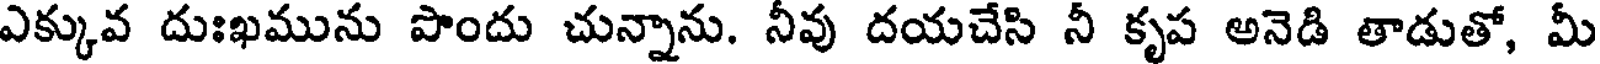
ఎక్కువ దుఃఖమును పొందు చున్నాను. నీవు దయచేసి నీ కృప అనెడి తాడుతో, మీ